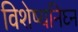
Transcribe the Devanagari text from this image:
विशेष्यनिघ्न